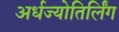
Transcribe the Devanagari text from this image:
अर्धज्योतिर्लिंग